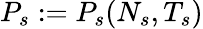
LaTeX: P_{s}:=P_{s}(N_{s},T_{s})